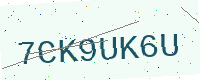
Text: 7CK9UK6U